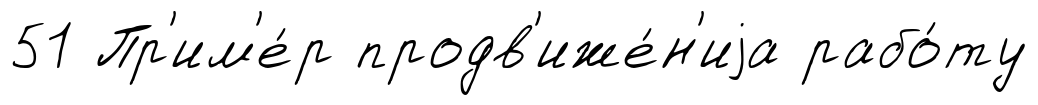
51 Пр'им'е́р продв'иже́н'иjа рабо́ту